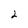
Character: 2